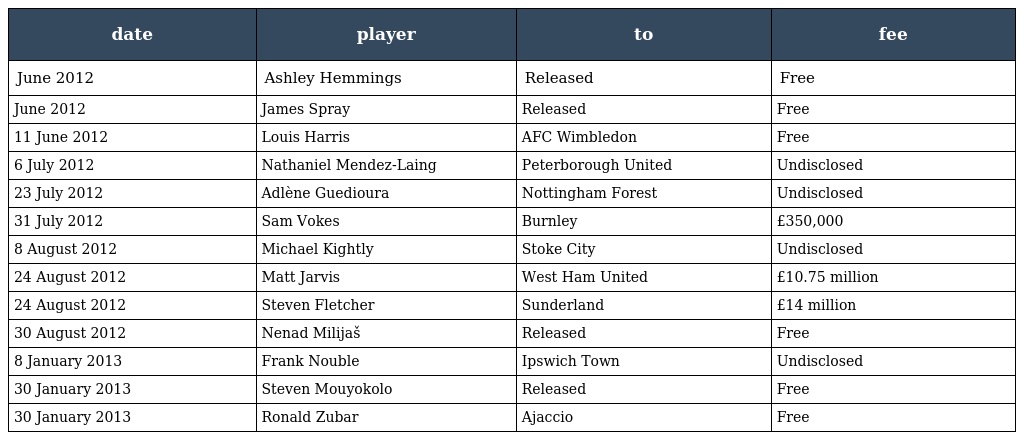
| date | player | to | fee |
 | --- | --- | --- | --- |
 | June 2012 | Ashley Hemmings | Released | Free |
 | June 2012 | James Spray | Released | Free |
 | 11 June 2012 | Louis Harris | AFC Wimbledon | Free |
 | 6 July 2012 | Nathaniel Mendez-Laing | Peterborough United | Undisclosed |
 | 23 July 2012 | Adlène Guedioura | Nottingham Forest | Undisclosed |
 | 31 July 2012 | Sam Vokes | Burnley | £350,000 |
 | 8 August 2012 | Michael Kightly | Stoke City | Undisclosed |
 | 24 August 2012 | Matt Jarvis | West Ham United | £10.75 million |
 | 24 August 2012 | Steven Fletcher | Sunderland | £14 million |
 | 30 August 2012 | Nenad Milijaš | Released | Free |
 | 8 January 2013 | Frank Nouble | Ipswich Town | Undisclosed |
 | 30 January 2013 | Steven Mouyokolo | Released | Free |
 | 30 January 2013 | Ronald Zubar | Ajaccio | Free |